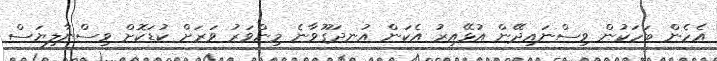
އެހެން ބަހަކުން ވިސްނައިދޭން އުޅޭއިރު އެކަން އުނދަގޫވާނެ މިންވަރު ވަރަށް ކުޑަކޮށް ވިސްނާލިޔަސް